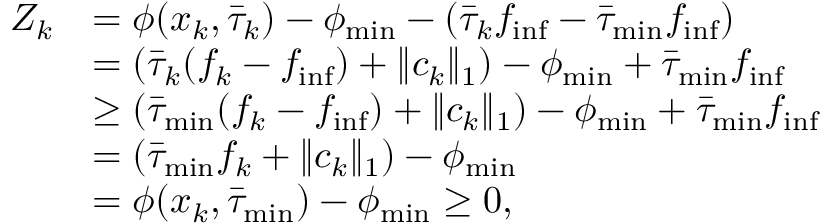
\begin{array} { r l } { Z _ { k } } & { = \phi ( x _ { k } , \bar { \tau } _ { k } ) - \phi _ { \operatorname* { m i n } } - ( \bar { \tau } _ { k } f _ { \operatorname* { i n f } } - \bar { \tau } _ { \operatorname* { m i n } } f _ { \operatorname* { i n f } } ) } \\ & { = ( \bar { \tau } _ { k } ( f _ { k } - f _ { \operatorname* { i n f } } ) + \| c _ { k } \| _ { 1 } ) - \phi _ { \operatorname* { m i n } } + \bar { \tau } _ { \operatorname* { m i n } } f _ { \operatorname* { i n f } } } \\ & { \geq ( \bar { \tau } _ { \operatorname* { m i n } } ( f _ { k } - f _ { \operatorname* { i n f } } ) + \| c _ { k } \| _ { 1 } ) - \phi _ { \operatorname* { m i n } } + \bar { \tau } _ { \operatorname* { m i n } } f _ { \operatorname* { i n f } } } \\ & { = ( \bar { \tau } _ { \operatorname* { m i n } } f _ { k } + \| c _ { k } \| _ { 1 } ) - \phi _ { \operatorname* { m i n } } } \\ & { = \phi ( x _ { k } , \bar { \tau } _ { \operatorname* { m i n } } ) - \phi _ { \operatorname* { m i n } } \geq 0 , } \end{array}